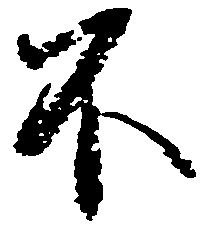
不